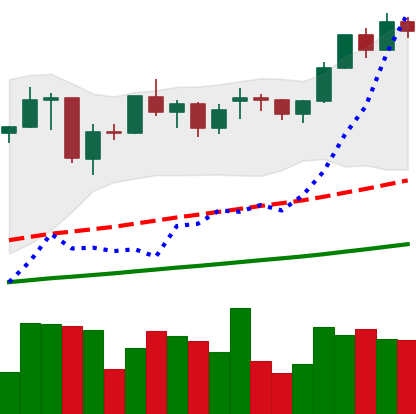
Ticker: ETH-USD
Chart end date: 2021-02-06
Forward return: 6.315%
Label: up_5_7